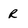
Character: R